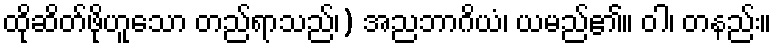
ထိုဆိတ်ဖိုဟူသော တည်ရာသည်၊) အညဘာဂိယံ၊ ယမည်၏။ ဝါ၊ တနည်း။